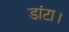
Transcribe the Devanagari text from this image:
डांटा।